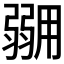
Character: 𭛇